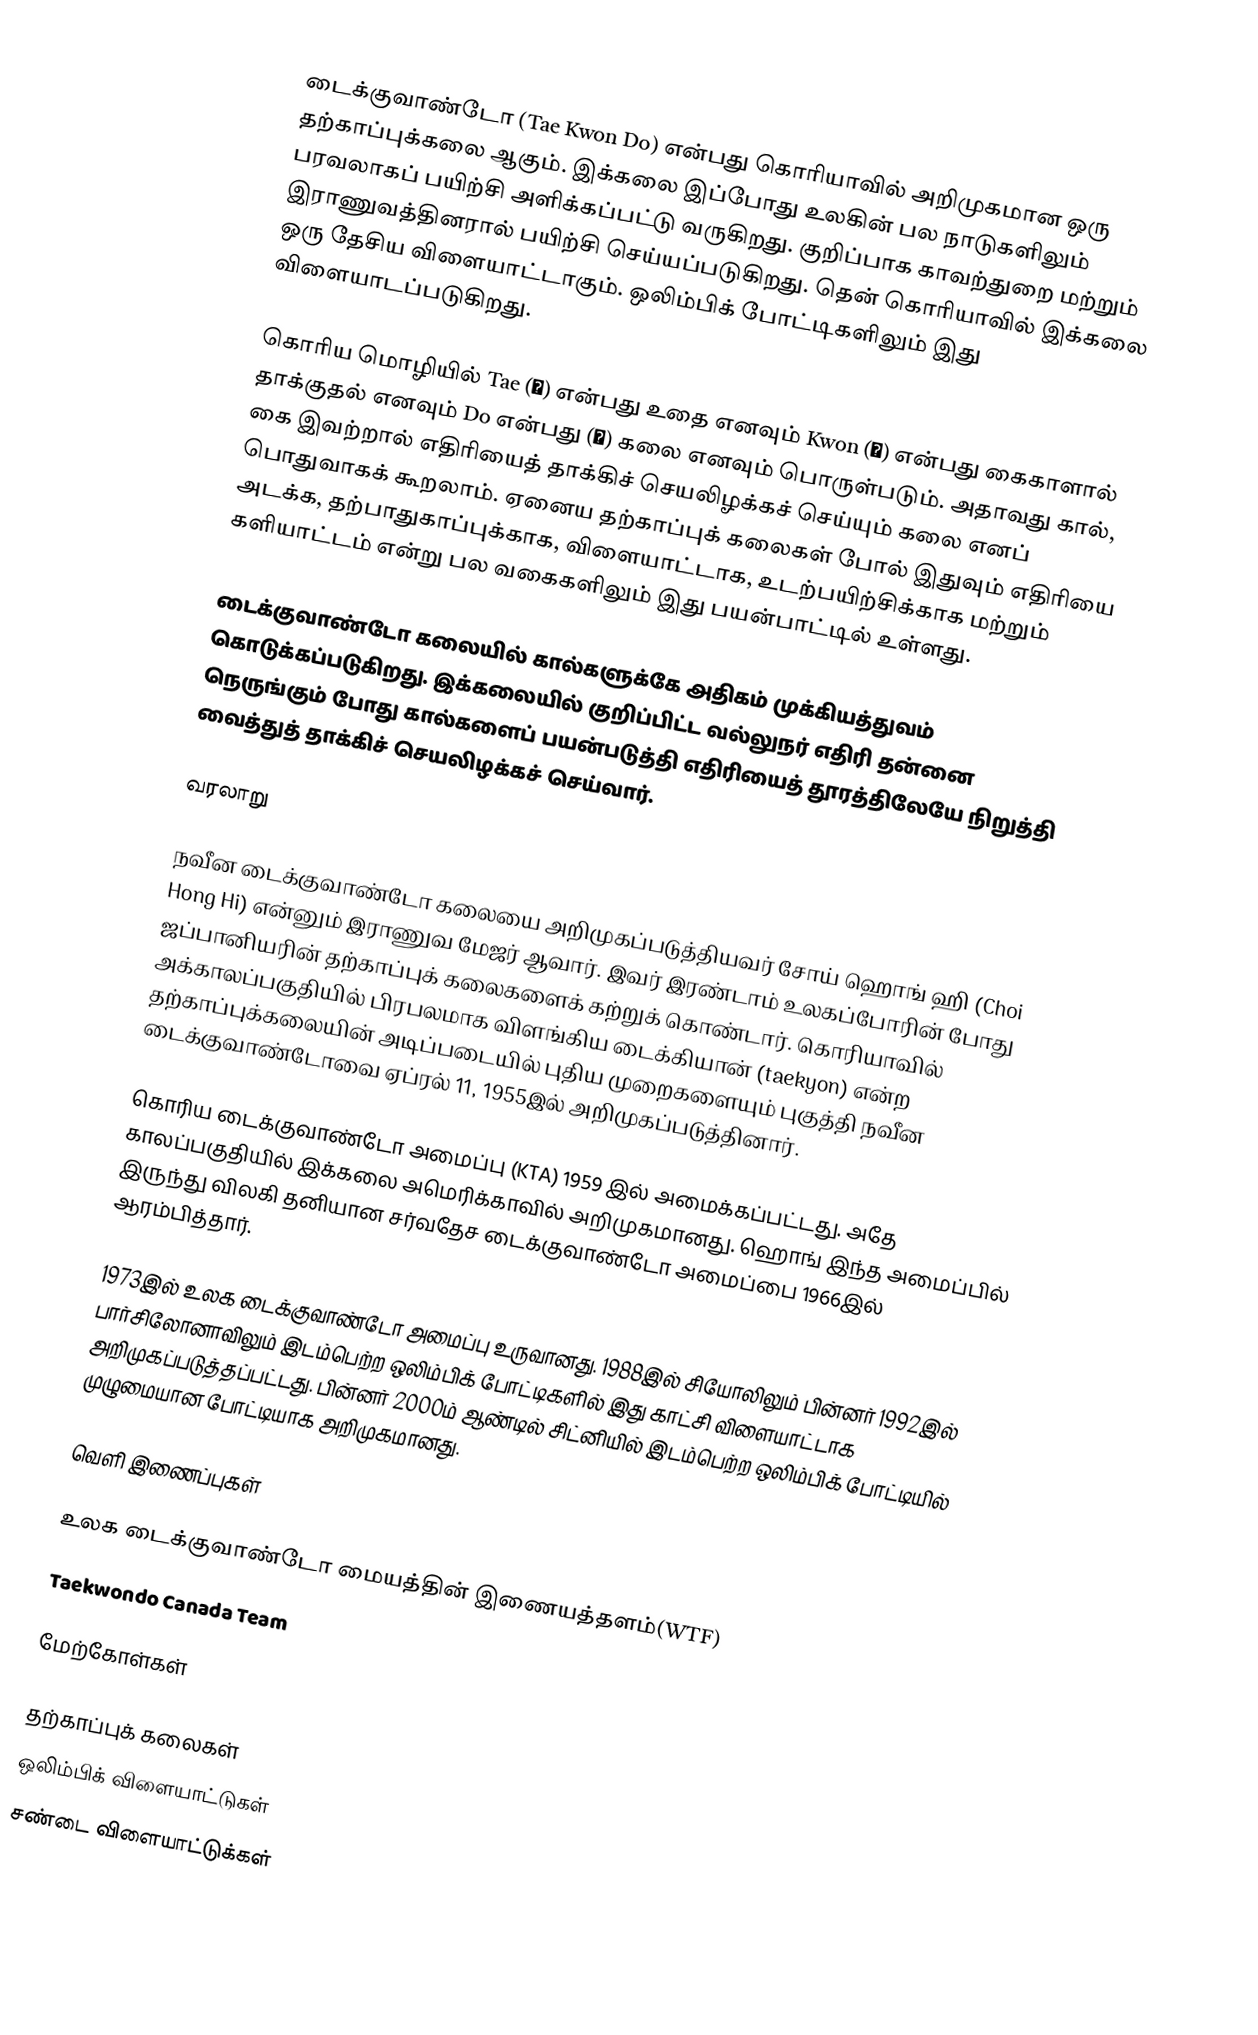
டைக்குவாண்டோ (Tae Kwon Do) என்பது கொரியாவில் அறிமுகமான ஒரு தற்காப்புக்கலை ஆகும். இக்கலை இப்போது உலகின் பல நாடுகளிலும் பரவலாகப் பயிற்சி அளிக்கப்பட்டு வருகிறது. குறிப்பாக காவற்துறை மற்றும் இராணுவத்தினரால் பயிற்சி செய்யப்படுகிறது. தென் கொரியாவில் இக்கலை ஒரு தேசிய விளையாட்டாகும்.  ஒலிம்பிக் போட்டிகளிலும் இது விளையாடப்படுகிறது.

கொரிய மொழியில் Tae (跆) என்பது உதை எனவும் Kwon (拳) என்பது கைகாளால் தாக்குதல் எனவும் Do என்பது (道) கலை எனவும் பொருள்படும். அதாவது கால், கை இவற்றால் எதிரியைத் தாக்கிச் செயலிழக்கச் செய்யும் கலை எனப் பொதுவாகக் கூறலாம். ஏனைய தற்காப்புக் கலைகள் போல் இதுவும் எதிரியை அடக்க, தற்பாதுகாப்புக்காக, விளையாட்டாக, உடற்பயிற்சிக்காக மற்றும் களியாட்டம் என்று பல வகைகளிலும் இது பயன்பாட்டில் உள்ளது.

டைக்குவாண்டோ கலையில் கால்களுக்கே அதிகம் முக்கியத்துவம் கொடுக்கப்படுகிறது. இக்கலையில் குறிப்பிட்ட வல்லுநர் எதிரி தன்னை நெருங்கும் போது கால்களைப் பயன்படுத்தி எதிரியைத் தூரத்திலேயே நிறுத்தி வைத்துத் தாக்கிச் செயலிழக்கச் செய்வார்.

வரலாறு

நவீன டைக்குவாண்டோ கலையை அறிமுகப்படுத்தியவர் சோய் ஹொங் ஹி (Choi Hong Hi) என்னும் இராணுவ மேஜர் ஆவார். இவர் இரண்டாம் உலகப்போரின் போது ஜப்பானியரின் தற்காப்புக் கலைகளைக் கற்றுக் கொண்டார். கொரியாவில் அக்காலப்பகுதியில் பிரபலமாக விளங்கிய டைக்கியான் (taekyon) என்ற தற்காப்புக்கலையின் அடிப்படையில் புதிய முறைகளையும் புகுத்தி நவீன டைக்குவாண்டோவை ஏப்ரல் 11, 1955இல் அறிமுகப்படுத்தினார்.

கொரிய டைக்குவாண்டோ அமைப்பு (KTA) 1959 இல் அமைக்கப்பட்டது. அதே காலப்பகுதியில் இக்கலை அமெரிக்காவில் அறிமுகமானது. ஹொங் இந்த அமைப்பில் இருந்து விலகி தனியான சர்வதேச டைக்குவாண்டோ அமைப்பை 1966இல் ஆரம்பித்தார்.

1973இல் உலக டைக்குவாண்டோ அமைப்பு உருவானது. 1988இல் சியோலிலும் பின்னர் 1992இல் பார்சிலோனாவிலும் இடம்பெற்ற ஒலிம்பிக் போட்டிகளில் இது காட்சி விளையாட்டாக அறிமுகப்படுத்தப்பட்டது. பின்னர் 2000ம் ஆண்டில் சிட்னியில் இடம்பெற்ற ஒலிம்பிக் போட்டியில் முழுமையான போட்டியாக அறிமுகமானது.

வெளி இணைப்புகள்

 உலக டைக்குவாண்டோ மையத்தின் இணையத்தளம்(WTF)
 Taekwondo  Canada Team

மேற்கோள்கள்

தற்காப்புக் கலைகள்
ஒலிம்பிக் விளையாட்டுகள்
சண்டை விளையாட்டுக்கள்